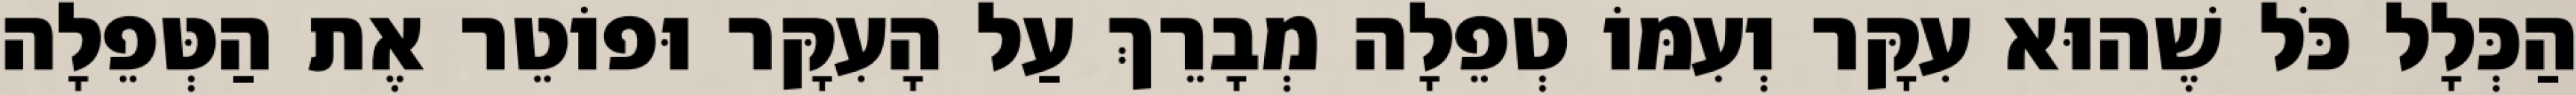
הַכְּלָל כֹּל שֶׁהוּא עִקָּר וְעִמּוֹ טְפֵלָה מְבָרֵךְ עַל הָעִקָּר וּפוֹטֵר אֶת הַטְּפֵלָה